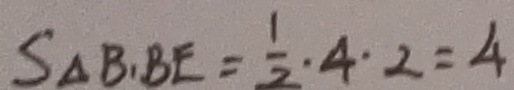
S _ { \Delta } B _ { 1 } B E = \frac { 1 } { 2 } \cdot 4 \cdot 2 = 4